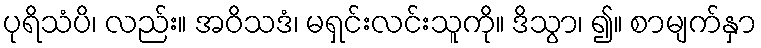
ပုရိသံပိ၊ လည်း။ အဝိသဒံ၊ မရှင်းလင်းသူကို။ ဒိသွာ၊ ၍။ စာမျက်နှာ